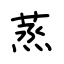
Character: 蒸